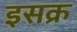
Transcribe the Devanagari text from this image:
इसक्र